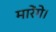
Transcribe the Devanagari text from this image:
मारेंगे।